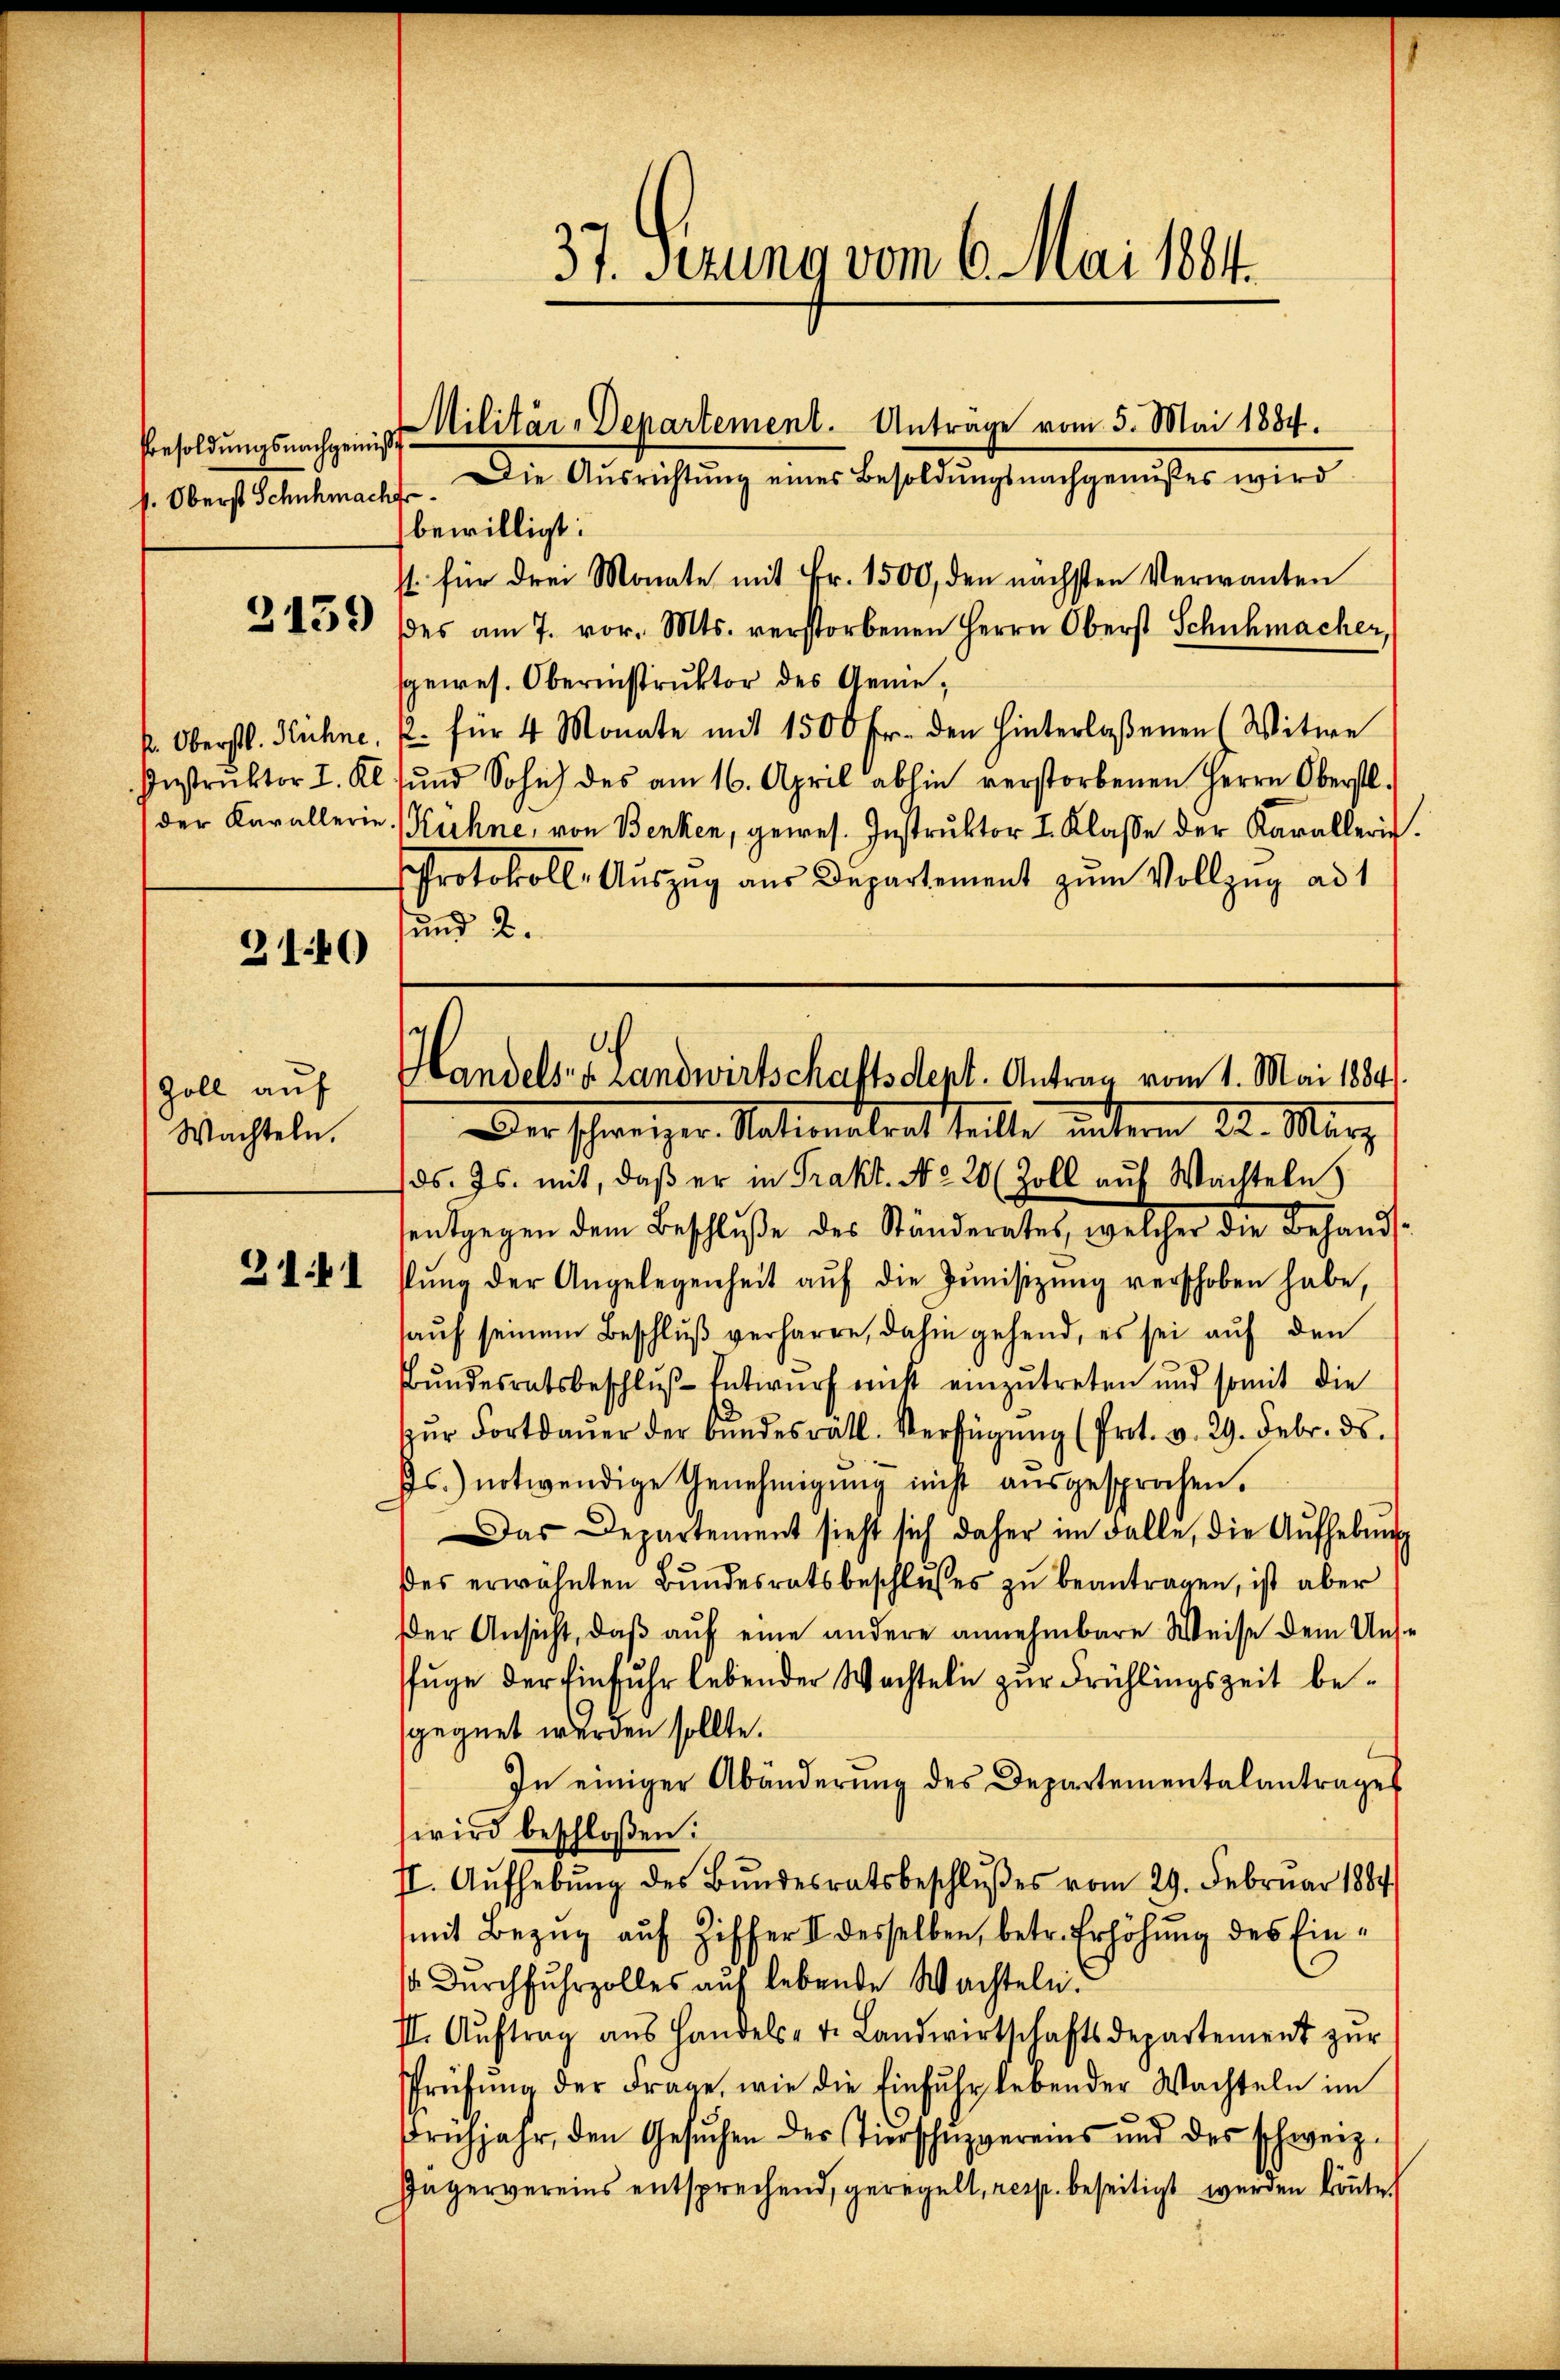
Besoldungsnachgewiß¬
. Oberst Schuhmach

3160)

Zoll auf
Wachteln.

2141

Die Ausrichtung eines Besoldungsnachgenußes wird
bewilligt:
st für drei Monate mit Fr. 1500, den nächsten Verwanten
2438 des am 7. vor. Mts. verstorbenen Herrn Oberst Schuhmacher,
gewes. Oberinstruktor des Geniek. Oberstl. Hühne, u. für 4 Monate mit 1500 Fr. den hinterlassenen (Witwe
Instrŭktor I. Kl. sŭnd Sohn des am 16. April abhin verstorbenen Herrn Oberstl.
der Kavallerie, Hühne, von Benken, gewes. Instruktor I. Klasse der Karallerit.
Protokoll- Auszug aus Departement zum Vollzug ad 1
sund 2.

Handels v. Landwirtschaftsdest. Antrag vom 1. Mai 1884.
Der schweizer. Nationalrat teilte unterm 22. März
ds. Js. mit, daβ er in Prakt. No 20 (Zoll auf Wachteln)

37. Sezung vom 6. Mai 1884.
Militär-Departement. Anträge vom 3. Mai 1884.

sentgegen dem Beschluße des Ständerates, welcher die Behandstŭng der Angelegenheit aŭf die Jŭnisizŭng verschoben habe,
aŭf seinem Beschluß verharre, dahin gehend, es sei aŭf den
Bundesratsbeschluß Entwurf nicht einzutreten und somit die
ŭr Fortdaŭer der Bŭndesrätl. Verfügŭng (Prot. v. 29. Febr. ds.
Js.) notwendige Genehmigŭng nicht aŭsgesprochen.
Das Departement sieht sich daher im Falle, die Aŭfhebŭng
des erwähnten Bŭndesratsbeschlŭsses zŭ beantragen, ist aber
Der Ansicht, daß auf eine andere annehmbare Weise dem Unse
fuge der Einfuhr lebender Wachteln zur Frühlingszeit begegnet werden sollte.
In einiger Abänderŭng des Departementalantrages
wird beschloßen:
II. Aŭfhebŭng des Bundesratsbeschlŭβes vom 29. Februar 1884
mit Bezug auf Ziffer II desselben, betr. Erhöhung des Eins durchfuhrzolles auf lebende Wachteln.
II. Aŭftrag ans Handels- u. Landwirtschaftsdepartement zŭr
Prüfŭng der Frage, wie die Einfŭhr lebender Wachteln im
Frühjahr, den Gesŭchen des Tierschŭzgereins und des schweiz.
Jägervereins entsprechend, geregelt, resp. beseitigt werden könnte.